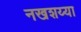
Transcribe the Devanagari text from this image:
नखशय्या